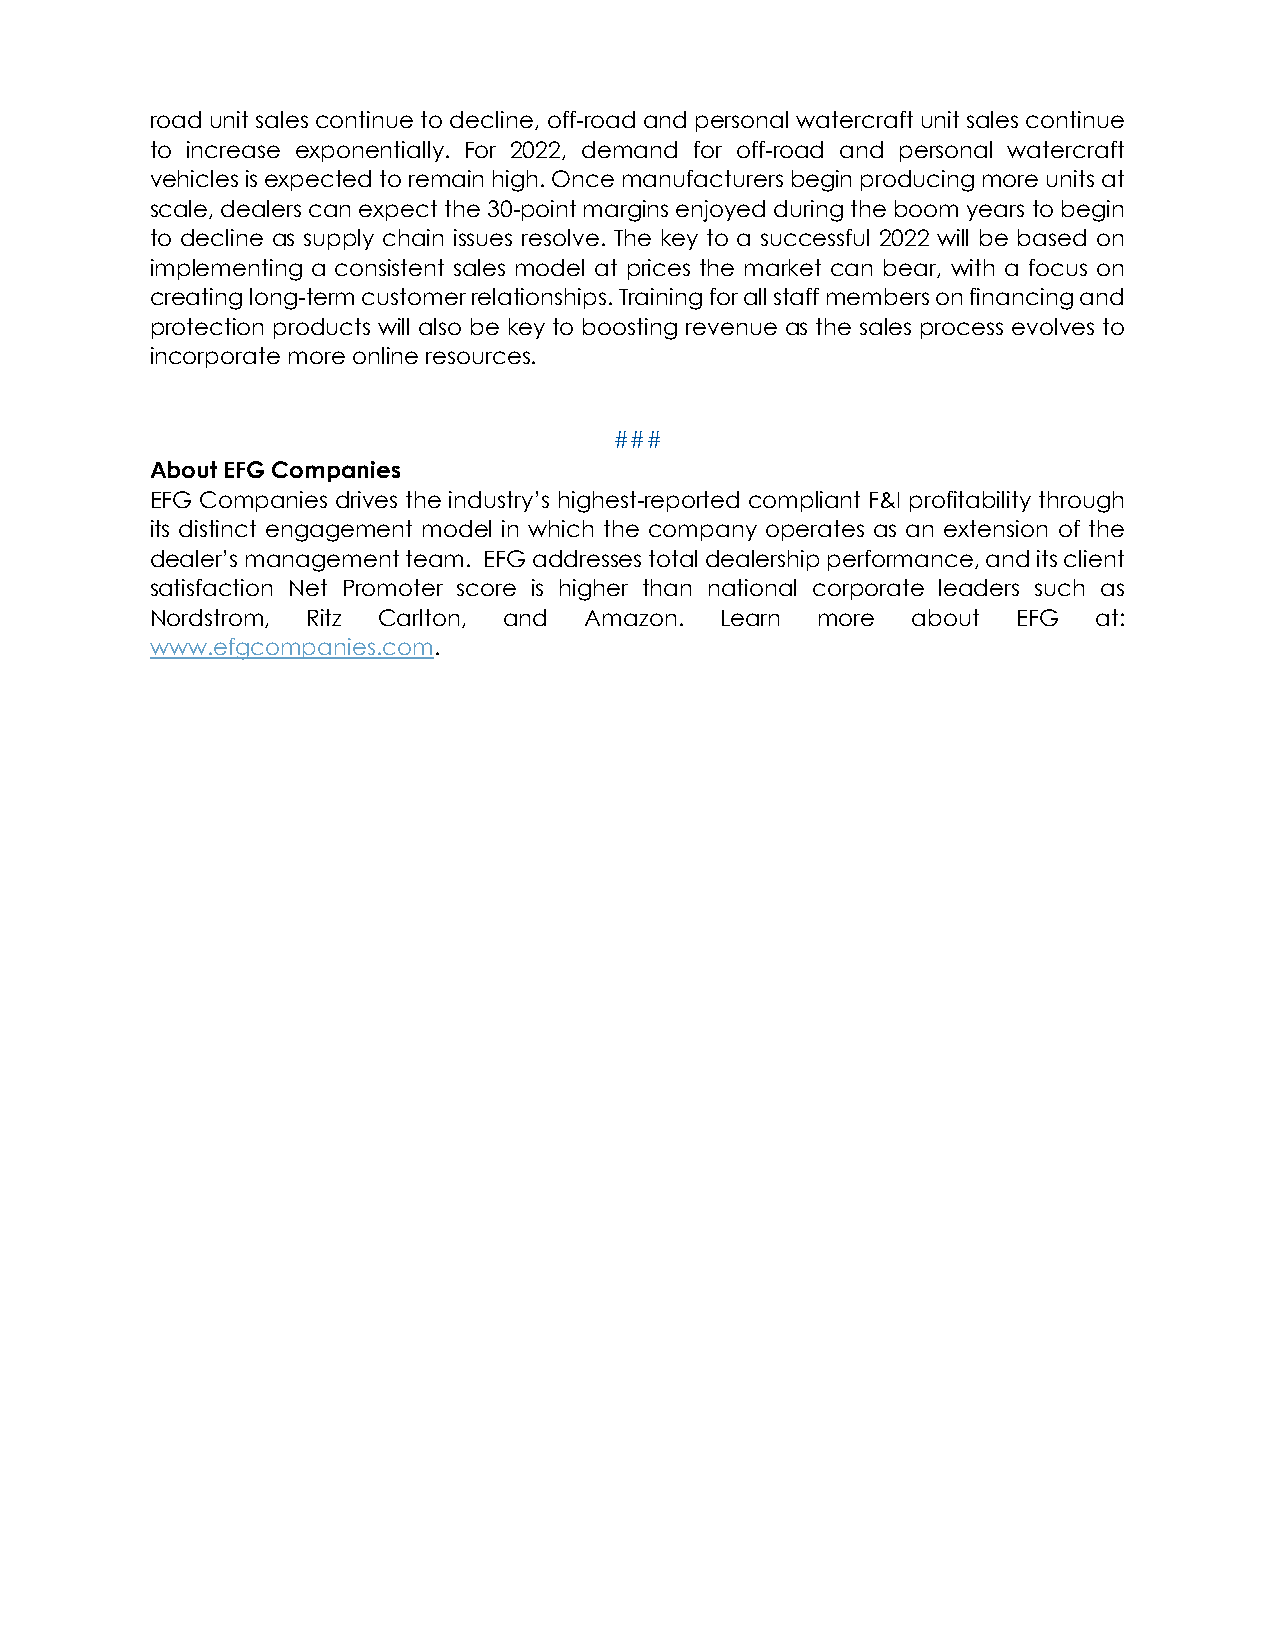
road unit sales continue to decline, off-road and personal watercraft unit sales continue
 to increase exponentially. For 2022, demand for off-road and personal watercraft
 vehicles is expected to remain high. Once manufacturers begin producing more units at
 scale, dealers can expect the 30-point margins enjoyed during the boom years to begin
 to decline as supply chain issues resolve. The key to a successful 2022 will be based on
 implementing a consistent sales model at prices the market can bear, with a focus on
 creating long-term customer relationships. Training for all staff members on financing and
 protection products will also be key to boosting revenue as the sales process evolves to
 incorporate more online resources.
 ###
 About EFG Companies
 EFG Companies drives the industry’s highest-reported compliant F&I profitability through
 its distinct engagement model in which the company operates as an extension of the
 dealer’s management team. EFG addresses total dealership performance, and its client
 satisfaction Net Promoter score is higher than national corporate leaders such as
 Nordstrom, Ritz Carlton, and Amazon.  Learn more  about  EFG   at:
 www.efgcompanies.com.